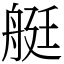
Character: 艇